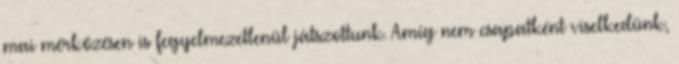
mai mérkőzésen is fegyelmezetlenül játszottunk. Amíg nem csapatként viselkedünk,